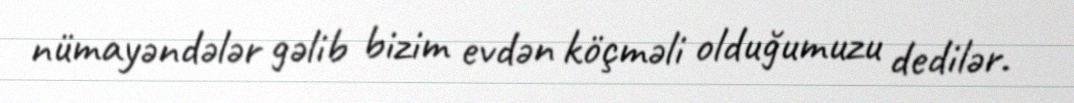
nümayəndələr gəlib bizim evdən köçməli olduğumuzu dedilər.